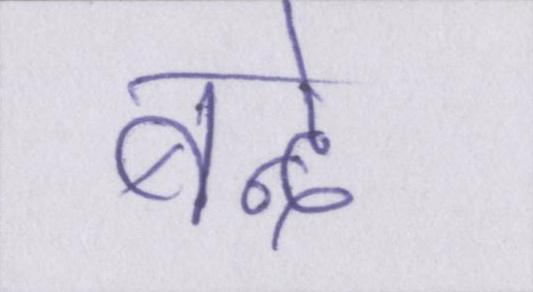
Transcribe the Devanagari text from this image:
बन्दे